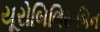
યૂરોબિલિરૂબિન